18_6369445_General_1948_Vol_1
Agency: Department of War
Incident date: 6/15/48
Page 16
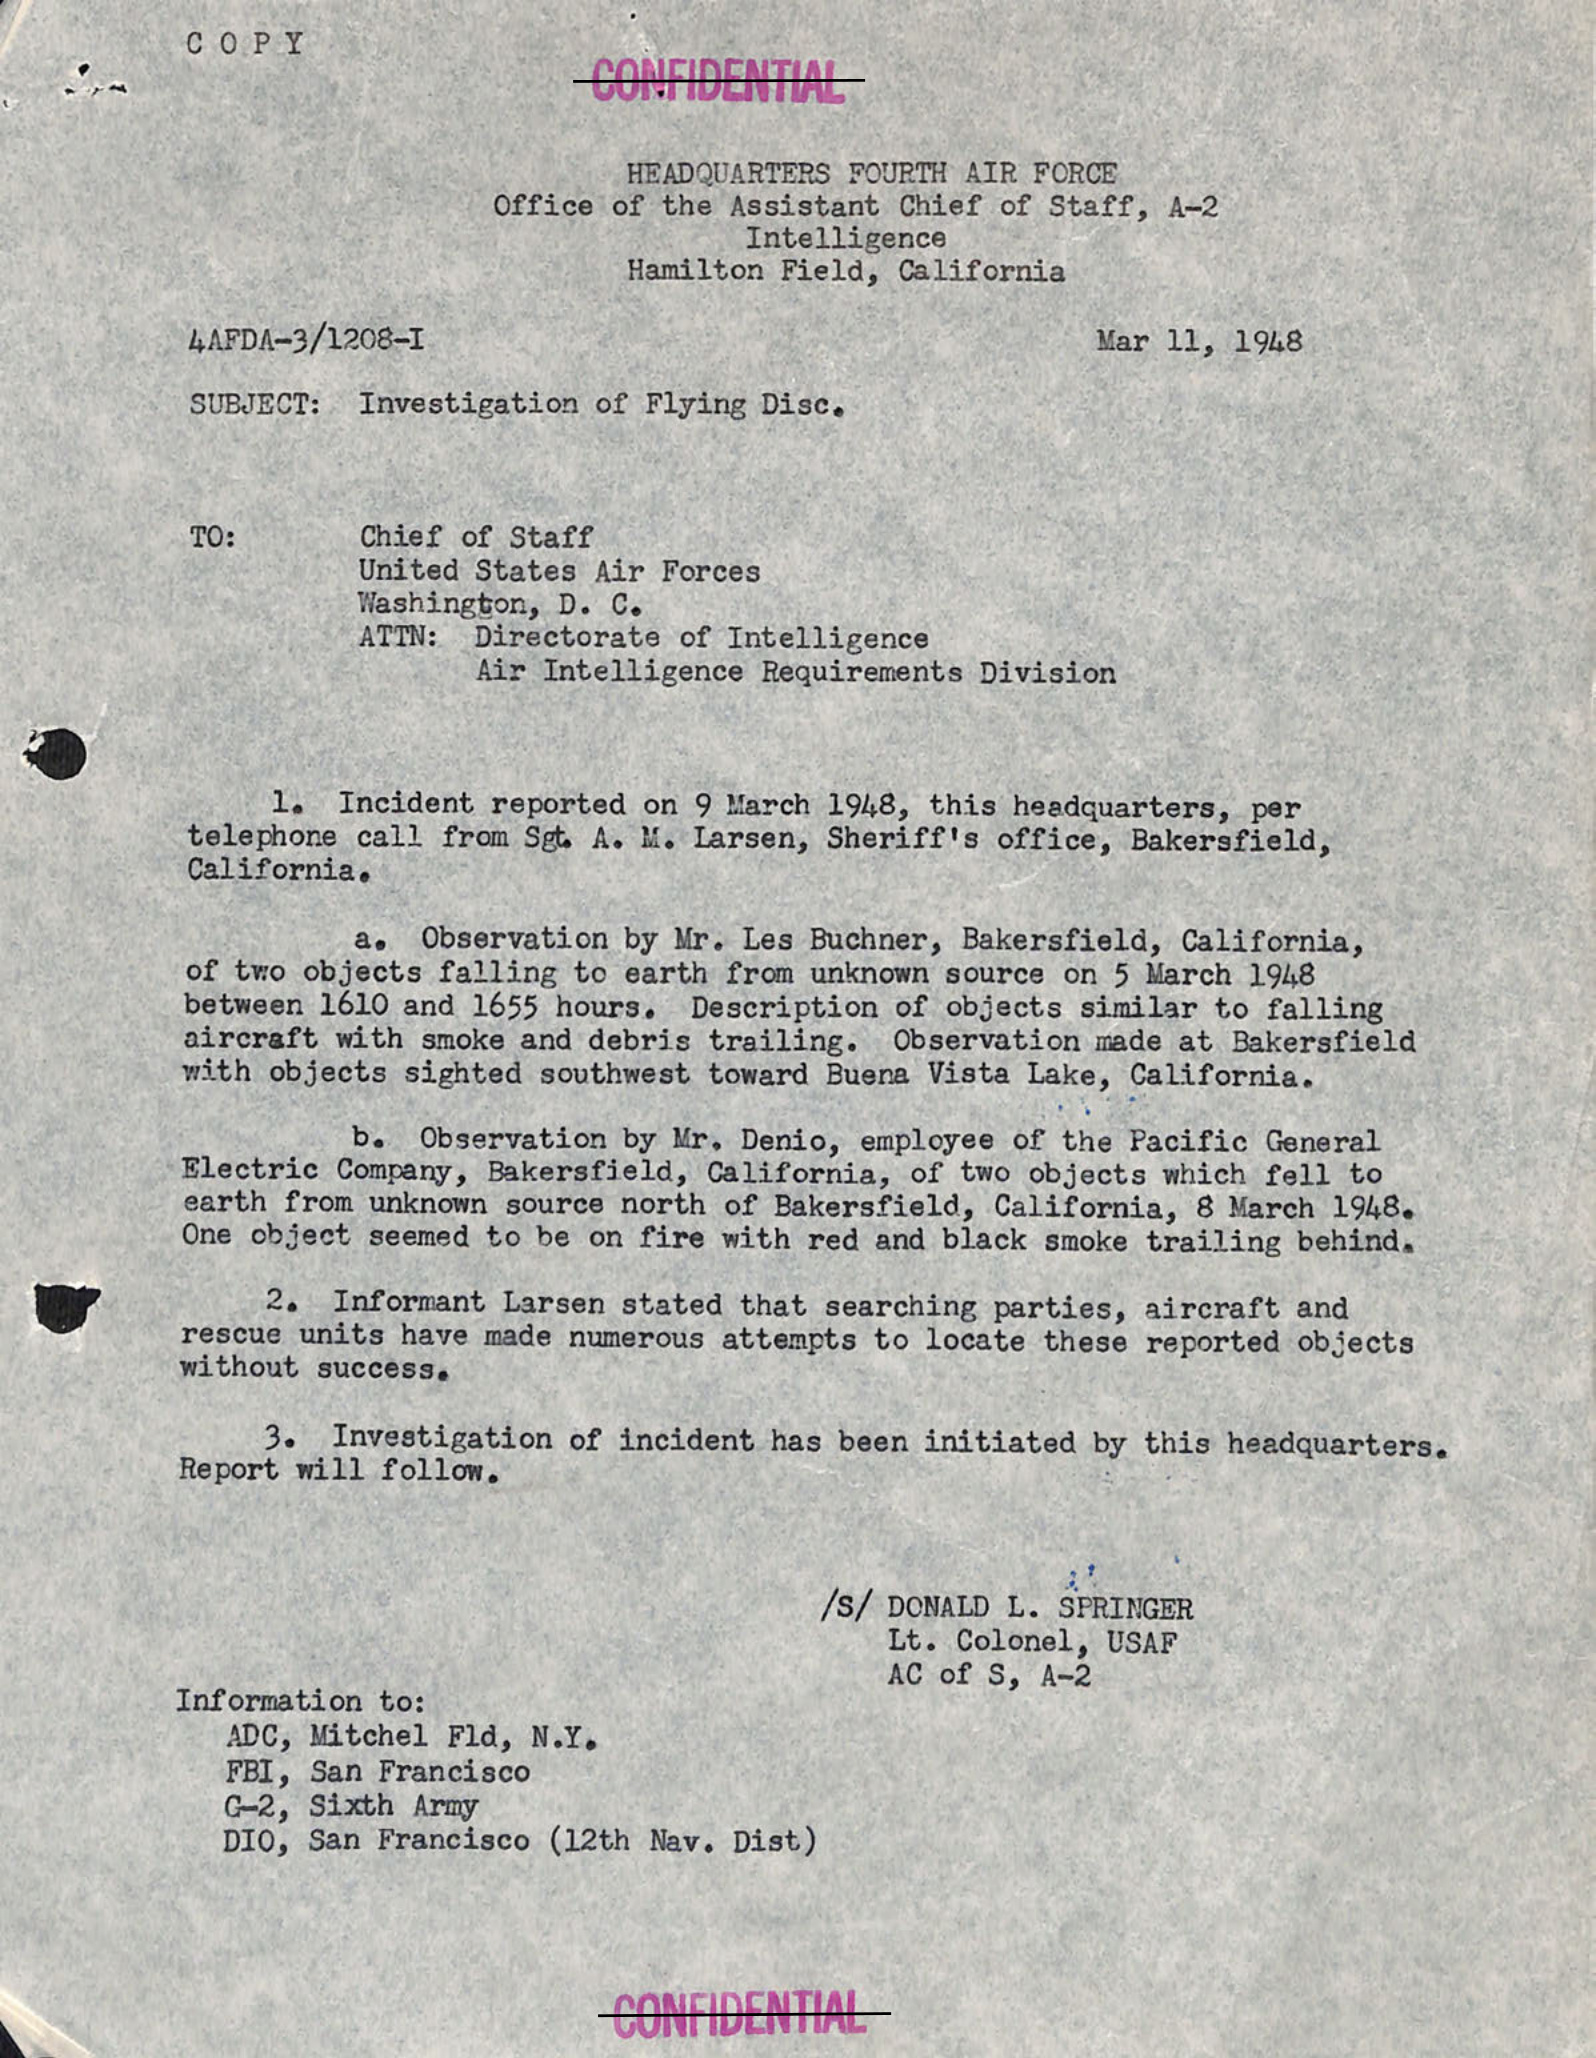